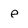
Character: e